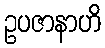
ဥပဇာနာဟိ